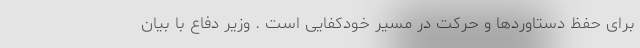
برای حفظ دستاوردها و حرکت در مسیر خودکفایی است . وزیر دفاع با بیان